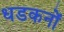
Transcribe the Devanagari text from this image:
धडकनों